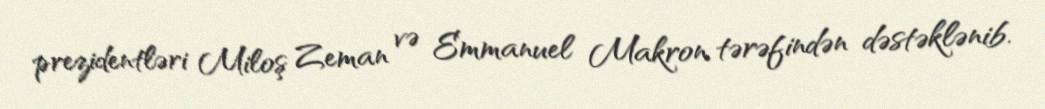
prezidentləri Miloş Zeman və Emmanuel Makron tərəfindən dəstəklənib.